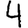
Digit: 4